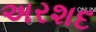
અરશદ